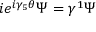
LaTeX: i e ^ { i \gamma _ { 5 } \theta } \Psi = \gamma ^ { 1 } \Psi